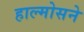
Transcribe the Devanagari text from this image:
हाल्मोसने